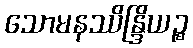
သောမနဿိန္ဒြိယဉ္စ